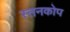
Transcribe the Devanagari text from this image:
स्तनकोप